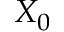
X _ { 0 }